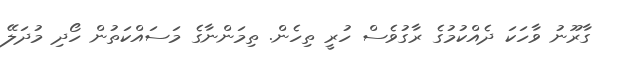
ގާރޫނު ވާހަކަ ދެއްކުމުގެ ރާގުވެސް ހުރީ ތިހެން. ތިމަންނާގެ މަސައްކަތުން ހޯދި މުދަލޭ